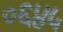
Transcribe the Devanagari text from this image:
०६४५